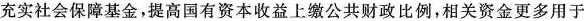
充实社会保障基金，提高国有资本收益上缴公共财政比例，相关资金更多用于